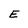
Character: E